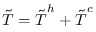
\boldsymbol { \tilde { T } } = \boldsymbol { \tilde { T } } ^ { h } + \boldsymbol { \tilde { T } } ^ { c }